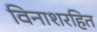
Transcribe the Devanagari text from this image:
विनाशरहित